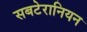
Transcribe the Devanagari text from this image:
सबटेरानियन